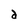
Character: d